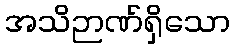
အသိဉာဏ်ရှိသော